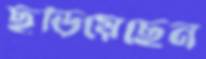
ছড়িয়েছেন